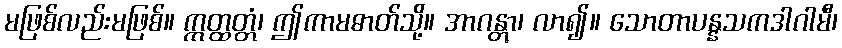
မဖြစ်လည်းမဖြစ်။ ဣတ္ထတ္တံ၊ ဤကာမဓာတ်သို့။ အာဂန္တွာ၊ လာ၍။ သောတာပန္နသကဒါဂါမီ၊